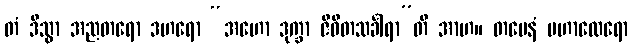
တံ ဒိသွာ အညတရော ဒဟရော “အဟော ဒုက္ခာ ဇီဝိတသင်္ခါရာ”တိ အာဟ။ တမေနံ မဟာထေရော